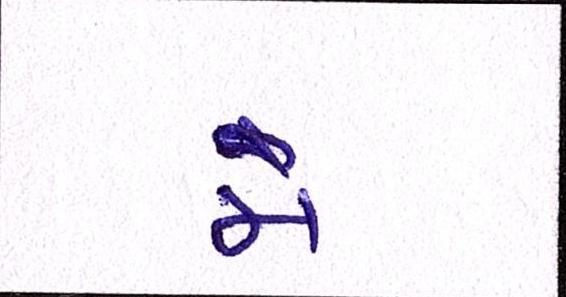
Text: મે